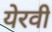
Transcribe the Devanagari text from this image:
येरवी